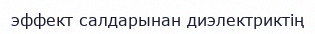
эффект салдарынан диэлектриктің